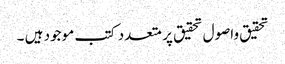
تحقیق واصول تحقیق پر متعدد کتب موجود ہیں ۔